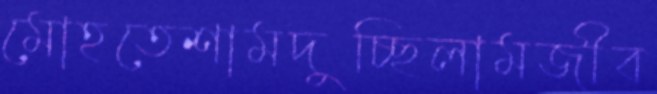
মোহতেশামদুচ্ছিলামজীব